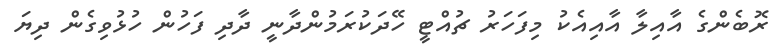
ރޮބެންގެ އާއިލާ އާއިއެކު މިފަހަރު ޗުއްޓީ ހޭދަކުރަމުންދާނީ ދާދި ފަހުން ހުޅުވިގެން ދިޔަ